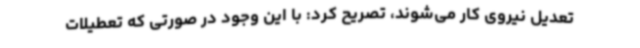
تعدیل نیروی کار می‌شوند، تصریح کرد: با این وجود در صورتی که تعطیلات